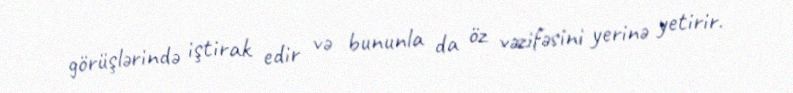
görüşlərində iştirak edir və bununla da öz vəzifəsini yerinə yetirir.